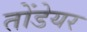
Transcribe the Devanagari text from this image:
तोंडेयर